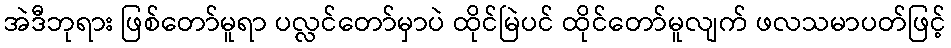
အဲဒီဘုရား ဖြစ်တော်မူရာ ပလ္လင်တော်မှာပဲ ထိုင်မြဲပင် ထိုင်တော်မူလျက် ဖလသမာပတ်ဖြင့်